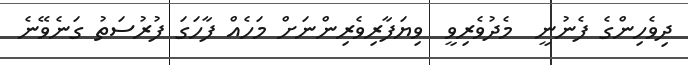
ދިވެހިންގެ ފެނުނީ  މެދުވެރިވީ  ވިޔަފާރިވެރިންނަށް މަހެއް ފާހަގަ ފުރުސަތު ގަނެވޭނެ